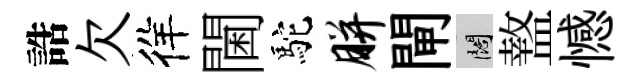
誥欠徉閫駝胼閘闊盩憾